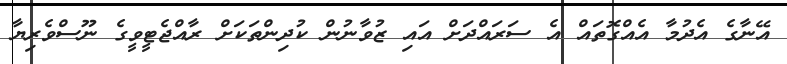
އޭނާގެ އެދުމާ އެއްގޮތައް އެ ސަރައްދަށް އައި ޒުވާނުން ކުދިންތަކަށް ރާއްޖެޓީވީގެ ނޫސްވެރިޔާ